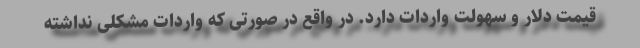
قیمت دلار و سهولت واردات دارد. در واقع در صورتی که واردات مشکلی نداشته